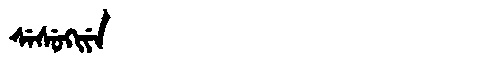
Manchu: ᠰᡝᠰᡠᡴᡳᠶᡝ
Romanization: SESUKIYE